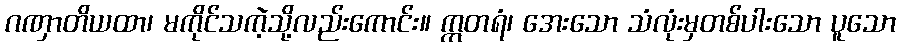
ဂဏှာတိယထာ၊ မကိုင်သကဲ့သို့လည်းကောင်း။ ဣတရံ၊ အေးသော သံလုံးမှတစ်ပါးသော ပူသော